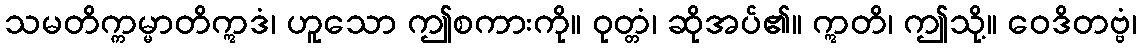
သမတိက္ကမ္မာတိဣဒံ၊ ဟူသော ဤစကားကို။ ဝုတ္တံ၊ ဆိုအပ်၏။ ဣတိ၊ ဤသို့။ ဝေဒိတဗ္ဗံ၊